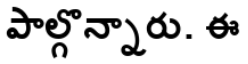
పాల్గొన్నారు. ఈ